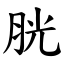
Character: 胱